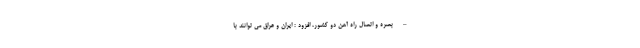
– بصره و اتصال راه آهن دو کشور، افزود : ایران و عراق می توانند با